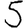
Digit: 5